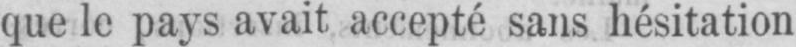
que le pays avait accepté sans hésitation